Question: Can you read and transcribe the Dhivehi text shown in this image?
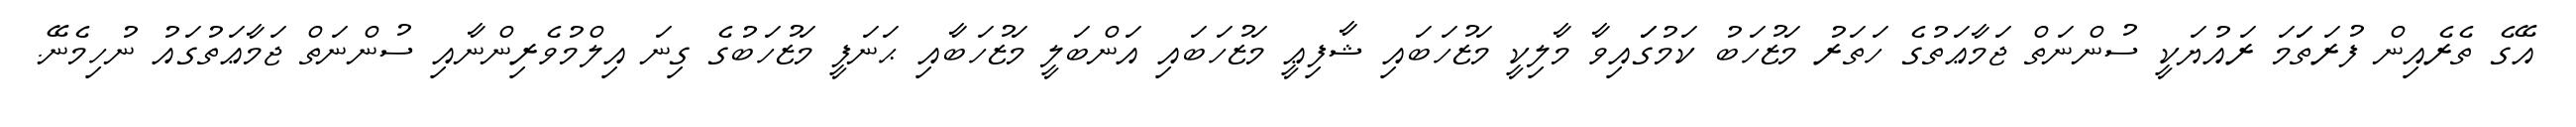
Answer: އޭގެ ތެރެއިން ފުރަތަަމަ ރައުޔަކީ ސުންނަތް ޖަމާޢަތުގެ ހަތަރު މަޒުހަބު ކަމުގަައިވާ މާލިކީ މަޒުހަބައި ޝާފިޢީ މަޒުހަބައި އަންބަލީ މަޒުހަބާއި ޙަނަފީ މަޒުހަބުގެ ގިނަ އިލްމުވެރިންނާއި ސުންނަތް ޖަމާޢަތުގައު ނުހިމެނޭ.